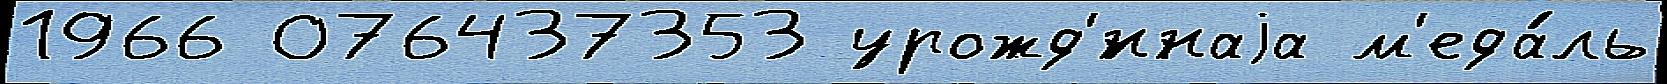
1966 076437353 урожд'́ннаjа м'еда́ль